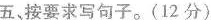
五、按要求写句子。(12分)